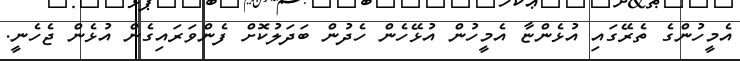
އެމީހުންގެ ތެރޭގައި އުޅެންޏާ އެމީހުން އުޅޭހެން ހެދުން ބަދަލުކޮށް ފެންވަރައިގެން އުޅެން ޖެހެނީ.